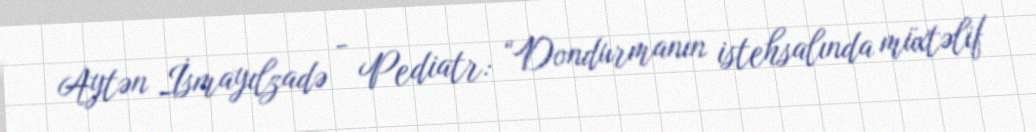
Aytən İsmayılzadə - Pediatr: “Dondurmanın istehsalında müxtəlif